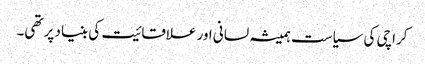
کراچی کی سیاست ہمیشہ لسانی اور علاقائیت کی بنیاد پر تھی۔